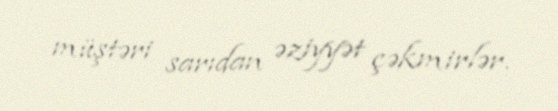
müştəri sarıdan əziyyət çəkmirlər.